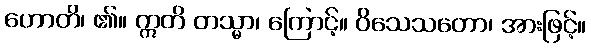
ဟောတိ၊ ၏။ ဣတိ တသ္မာ၊ ကြောင့်။ ဝိသေသတော၊ အားဖြင့်။